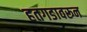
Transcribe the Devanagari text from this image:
हतगडावरून